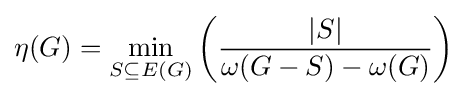
\eta (G)=\min _{S\subseteq E(G)}\left({|S| \over {\omega (G-S)-\omega (G)}}\right)